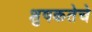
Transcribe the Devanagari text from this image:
शुषकतेचे